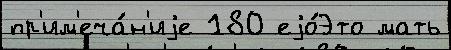
пр'им'еча́н'иjе 180 еjо́Это мать